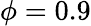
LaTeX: \phi=0.9